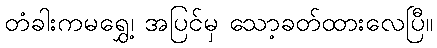
တံခါးကမရွှေ့၊ အပြင်မှ သော့ခတ်ထားလေပြီ။